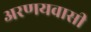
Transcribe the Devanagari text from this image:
अरणयवासी